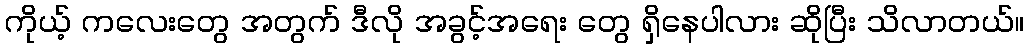
ကိုယ့် ကလေးတွေ အတွက် ဒီလို အခွင့်အရေး တွေ ရှိနေပါလား ဆိုပြီး သိလာတယ်။